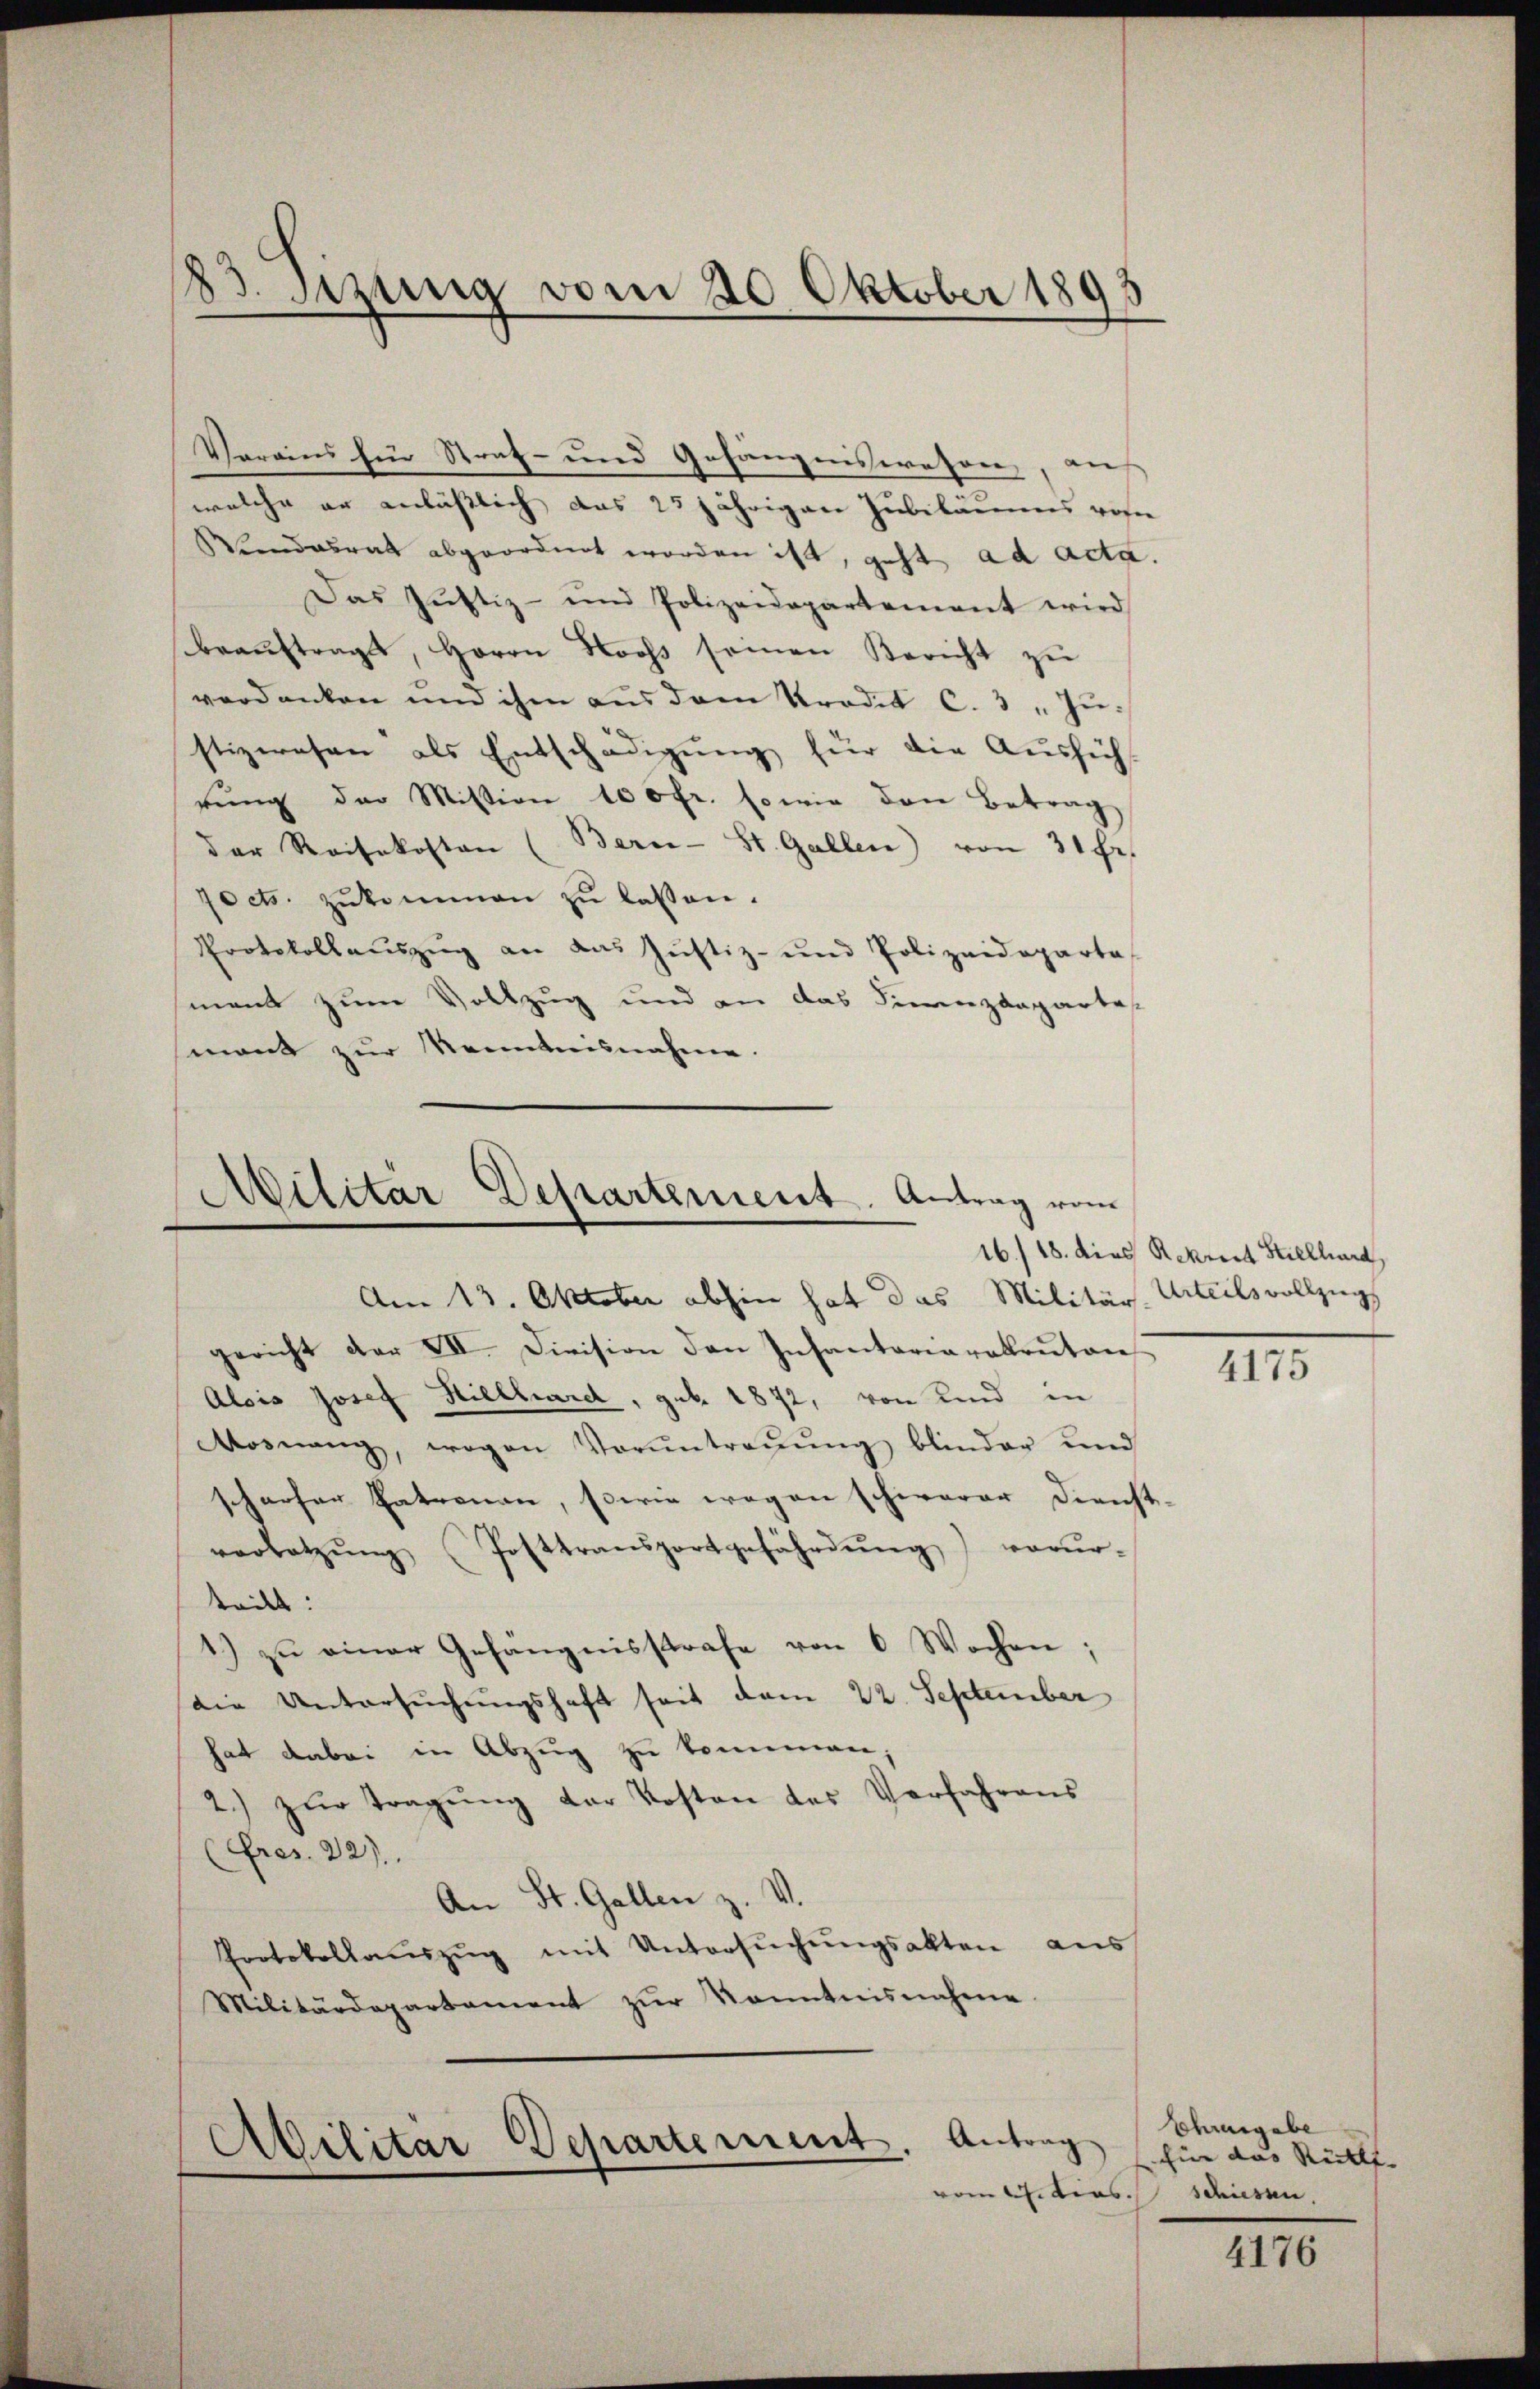
83. Sizung vom 20. Oktober 1893

Vorains Ein Straf- und Gefängniswesen, auf
welche er anläßlich aus 25 jährigen Jubiläums rosie
Wundesrat abgeordnet worden ist, geht ad acta.
Das Jŭstiz- und Polizeidepartement wird
beaŭftragt, Herrn Nooss seien Bericht zŭ
verdanken und ihm aus dem Prades C. 3. Justizwesen als Entschädigung für die Ausfüh
rŭng der Mistion 100fr. sowie den Betrag
der Reisekosten (Bern - St. Gallen) von 31 Fr.
pocts. zŭkommen zŭ lassen.
Protokollauszug an das Justiz- und Polizeideparta
mant zum Vollzug und an das Finanzdepartes
mant zur Kenntnisnahme.

Militar Departement. Antrag vom
Am 13. Oktober abhin hat das Militär- Urteils vollzugs

Abilitar Departement. Antrag
vom Titias schiesen,

gericht der VII. Division den Insantariarabrŭtan
Alois Josef Hielhard, geb. 1872, von und in
Mosnang, wogen Voruntragŭng blinder und
scharfer Eatronau, sowie wegen schwerer Direcht
verletzŭng (Posttransportgefährdung) vorur-
endes:
1) zŭ einer Gefängnisstrafe von 6 Wochen;
die Untersuchungshaft seit dem 22. September
hat dabei in Abzug zu kommen;
2.) zŭr Tragŭng der Kosten des Verfahrens
(Fres. 22)
An St. Gallen z. V.
Protokollaŭszŭg mit Untersŭchŭngsakten aus
Militärdepartament zŭr Kenntnisnahme

16./18. dies Rekret Stielhard,

1

4175

Ehrengabe
für das Rückt. |

4176